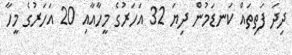
ދިދަ ފަތިތައް ކަނޑަމުން ދިޔަ 32 އަހަރުގެ މީހާއާއި 20 އަހަރުގެ މީހާ